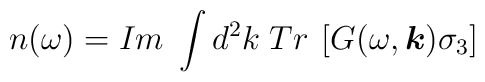
n(\omega ) = Im \;  \int d^{2} k \; Tr \: \left[ G(\omega,   \mbox{\boldmath $k$}) \sigma_{3} \right]